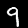
Digit: 9